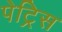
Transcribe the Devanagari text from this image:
पेट्रिस